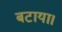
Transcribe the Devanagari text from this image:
बटाया।